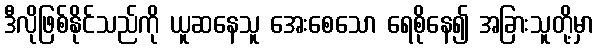
ဒီလိုဖြစ်နိုင်သည်ကို ယူဆနေသူ အေးစေသော ရေစိုနေ၍ အခြားသူတို့မှာ